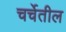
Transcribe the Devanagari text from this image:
चर्चेतील